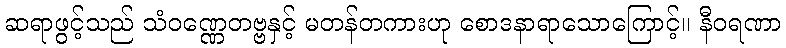
ဆရာဖွင့်သည် သံဝဏ္ဏေတဗ္ဗနှင့် မတန်တကားဟု စောဒနာရာသောကြောင့်။ နီဝရဏာ